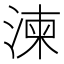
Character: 湅